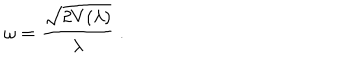
\omega = \frac { \sqrt { 2 V ( \lambda ) } } { \lambda } ~ .